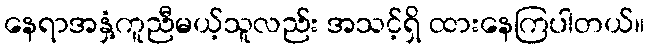
နေရာအနှံ့ကူညီမယ့်သူလည်း အသင့်ရှိ ထားနေကြပါတယ်။